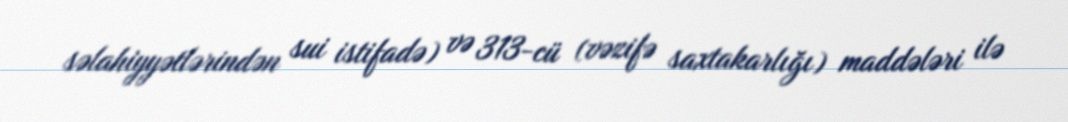
səlahiyyətlərindən sui istifadə) və 313-cü (vəzifə saxtakarlığı) maddələri ilə